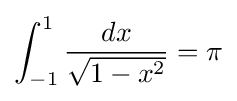
\int _{-1}^{1}{\frac {dx}{\sqrt {1-x^{2}}}}=\pi